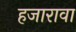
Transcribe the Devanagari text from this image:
हजारावा